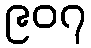
၉၀၇